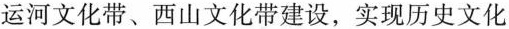
运河文化带、西山文化带建设，实现历史文化